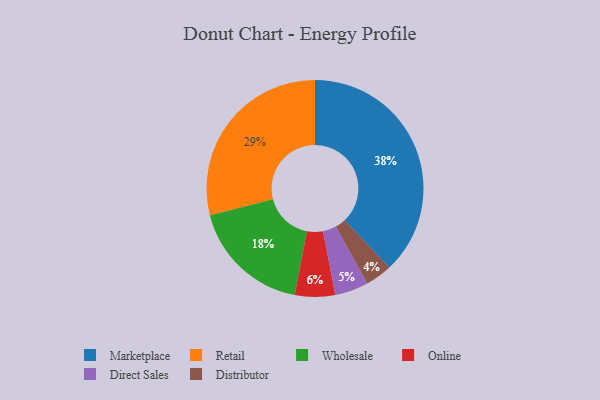
{"axis": {"x": "Category", "y": "Percentage"}, "legend": ["Direct Sales", "Distributor", "Marketplace", "Online", "Retail", "Wholesale"], "data": [{"x": "Marketplace", "y": 38, "type": "Marketplace"}, {"x": "Retail", "y": 29, "type": "Retail"}, {"x": "Direct Sales", "y": 5, "type": "Direct Sales"}, {"x": "Wholesale", "y": 18, "type": "Wholesale"}, {"x": "Distributor", "y": 4, "type": "Distributor"}, {"x": "Online", "y": 6, "type": "Online"}]}